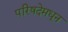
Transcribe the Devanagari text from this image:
परिषदेमधून